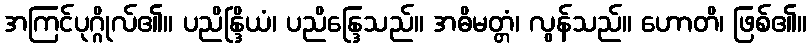
အကြင်ပုဂ္ဂိုလ်၏။ ပညိန္ဒြိယံ၊ ပညိန္ဒြေသည်။ အဓိမတ္တံ၊ လွန်သည်။ ဟောတိ၊ ဖြစ်၏။